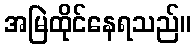
အမြဲထိုင်နေရသည်။